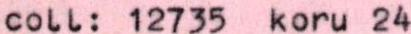
coll: 12735 koru 24